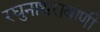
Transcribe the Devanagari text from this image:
रघुनाथरावाणी